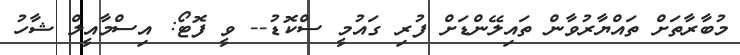
މުބާރާތަށް ތައްޔާރުވާން ތައިލޭންޑަށް ފުރި ގައުމީ ސްކޮޑު-- ވީ ފޮޓޯ: އިސްމާއީލް ޝާހު